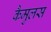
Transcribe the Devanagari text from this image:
कैमुलस